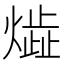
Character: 𤎠